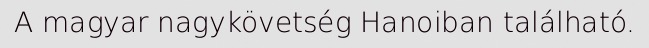
A magyar nagykövetség Hanoiban található.